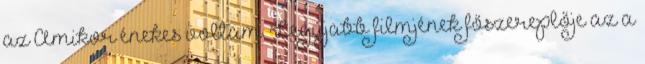
az Amikor énekes voltam. Legújabb filmjének főszereplője az a